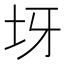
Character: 𡉪